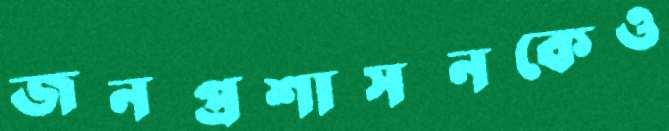
জনপ্রশাসনকেও